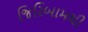
જિરિબામથી